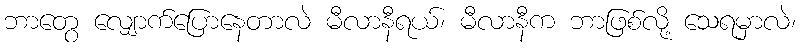
ဘာတွေ လျှောက်ပြောနေတာလဲ မီလာနီရယ်၊ မီလာနီက ဘာဖြစ်လို့ သေရမှာလဲ၊